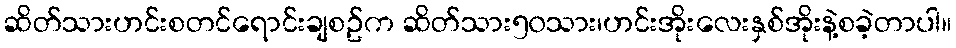
ဆိတ်သားဟင်းစတင်ရောင်းချစဥ်က ဆိတ်သား၅၀သား၊ဟင်းအိုးလေးနှစ်အိုးနဲ့စခဲ့တာပါ။